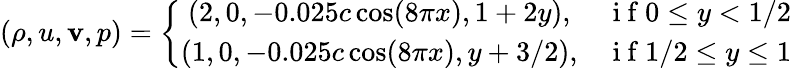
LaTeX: (\rho,u,\mathbf{v},p)=\left\{ \begin{array}{cl}{(2,0,-0.025c\cos(8\pi x),1+2y),}&{\mathrm{~i~f~}0\leq y<1/2}\\ {(1,0,-0.025c\cos(8\pi x),y+3/2),}&{\mathrm{~i~f~}1/2\leq y\leq 1}\end{array}\right.